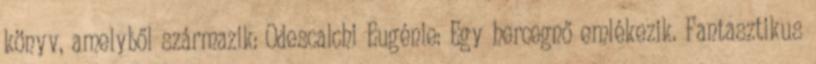
könyv, amelyből származik: Odescalchi Eugénie: Egy hercegnő emlékezik. Fantasztikus